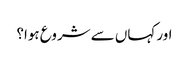
اور کہاں سے شروع ہوا؟